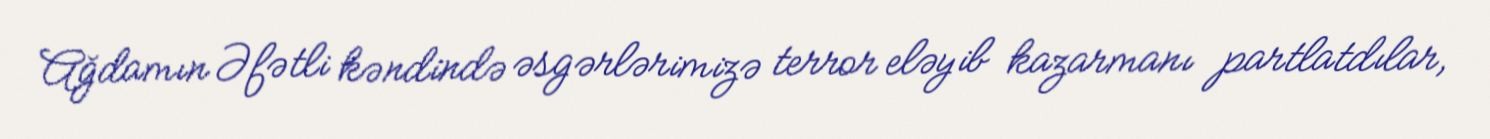
Ağdamın Əfətli kəndində əsgərlərimizə terror eləyib kazarmanı partlatdılar,